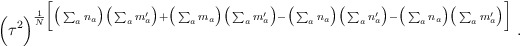
\begin{align*}\Big( \tau^2 \Big)^{ \frac{1}{N} \Big[\big(\sum_a n_a\big) \big(\sum_a m^\prime_a\big) +\big(\sum_a m_a\big) \big(\sum_a m^\prime_a\big) -\big(\sum_a n_a\big) \big(\sum_a n^\prime_a\big) -\big(\sum_a n_a\big) \big(\sum_a m^\prime_a\big) \Big]} \; .\end{align*}